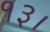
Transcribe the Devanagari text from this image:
१३।